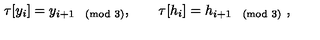
\tau [ y _ { i } ] = y _ { i + 1 \pmod 3 } , \qquad \tau [ h _ { i } ] = h _ { i + 1 \pmod 3 } \ ,